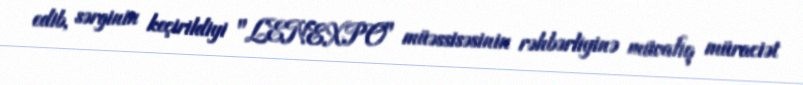
edib, sərginin keçirildiyi "LENEXPO" müəssisəsinin rəhbərliyinə müvafiq müraciət